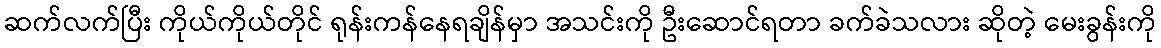
ဆက်လက်ပြီး ကိုယ်ကိုယ်တိုင် ရုန်းကန်နေရချိန်မှာ အသင်းကို ဦးဆောင်ရတာ ခက်ခဲသလား ဆိုတဲ့ မေးခွန်းကို